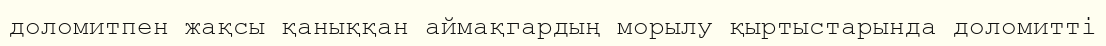
доломитпен жақсы қаныққан аймақгардың морылу қыртыстарында доломитті